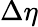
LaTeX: \Delta\eta